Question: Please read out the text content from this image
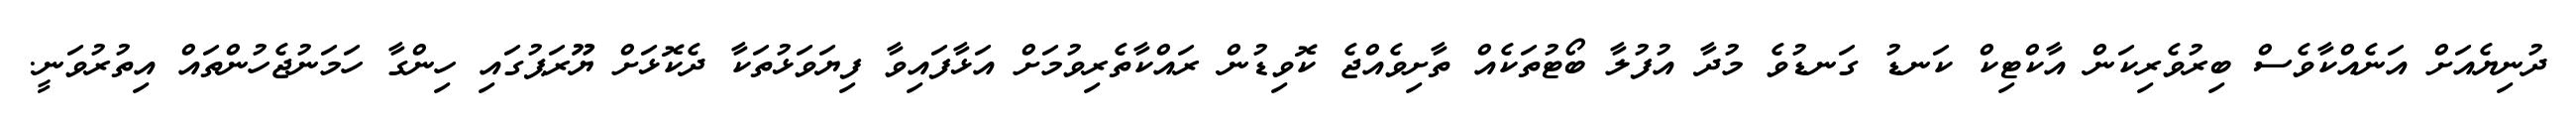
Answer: ދުނިޔެއަށް އަނެއްކާވެސް ބިރުވެރިކަން އާކްޓިކް ކަނޑު ގަނޑުވެ މުދާ އުފުލާ ބޯޓުތަކެއް ތާށިވެއްޖެ ކޮވިޑުން ރައްކާތެރިވުމަށް އަޅާފައިވާ ފިޔަވަޅުތަކާ ދެކޮޅަށް ޔޫރަޕުގައި ހިންގާ ހަމަނުޖެހުންތައް އިތުރުވަނީ.